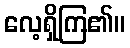
လေ့ရှိကြ၏။